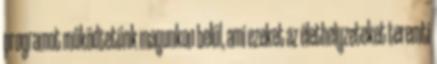
programot működtetünk magunkon belül, ami ezeket az élethelyzeteket teremti